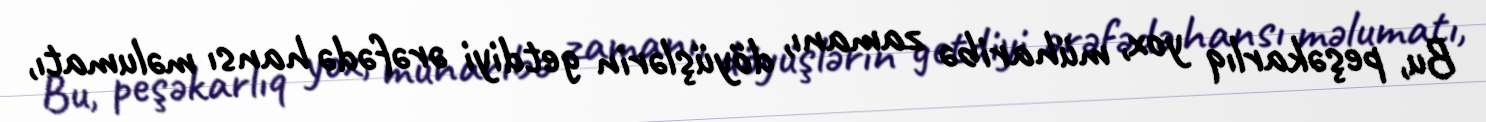
Bu, peşəkarlıq yox, müharibə zamanı, döyüşlərin getdiyi ərəfədə hansı məlumatı,